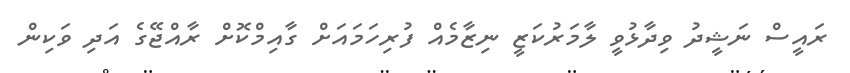
ރައީސް ނަޝީދު ވިދާޅުވީ ލާމަރުކަޒީ ނިޒާމެއް ފުރިހަމައަށް ގާއިމްކޮށް ރާއްޖޭގެ އަދި ވަކިން